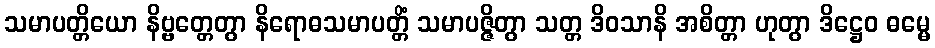
သမာပတ္တိယော နိဗ္ဗတ္တေတွာ နိရောဓသမာပတ္တိံ သမာပဇ္ဇိတွာ သတ္တ ဒိဝသာနိ အစိတ္တာ ဟုတွာ ဒိဋ္ဌေဝ ဓမ္မေ